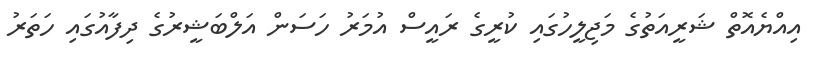
އިއްޔެއޮތް ޝަރީއަތުގެ މަޖިލީހުގައި ކުރީގެ ރައީސް އުމަރު ހަސަން އަލްބަޝީރުގެ ދިފާއުގައި ހަތަރު